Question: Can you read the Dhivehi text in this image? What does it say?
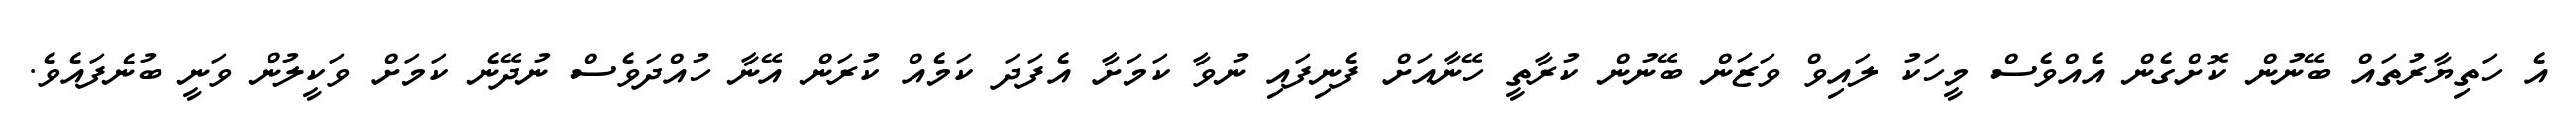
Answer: އެ ހަތިޔާރުތައް ބޭނުން ކޮށްގެން އެއްވެސް މީހަކު ލައިވް ވަޒަން ބޭނުން ކުރާތީ ހޭނާއަށް ފެނިފައި ނުވާ ކަމަށާ އެފަދަ ކަމެއް ކުރަން އޭނާ ހުއްދަވެސް ނުދޭނެ ކަމަށް ވަކީލުން ވަނީ ބުނެފައެވެ.